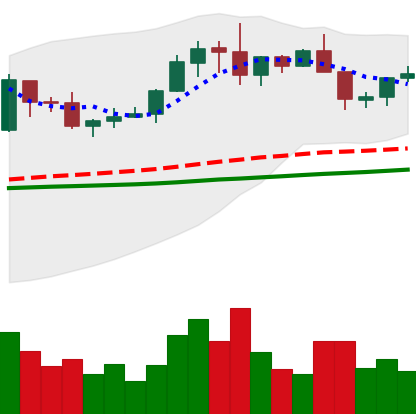
Ticker: XRP-USD
Chart end date: 2019-06-07
Forward return: -5.05%
Label: down_5_7